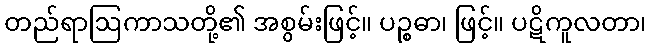
တည်ရာဩကာသတို့၏ အစွမ်းဖြင့်။ ပဉ္စဓာ၊ ဖြင့်။ ပဋိကူလတာ၊